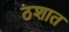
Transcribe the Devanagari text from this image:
ठशात